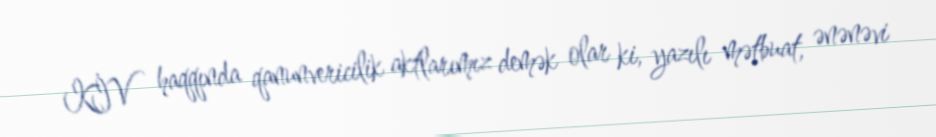
KİV haqqında qanunvericilik aktlarımız demək olar ki, yazılı mətbuat, ənənəvi